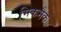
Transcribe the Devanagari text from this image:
मिकमैक